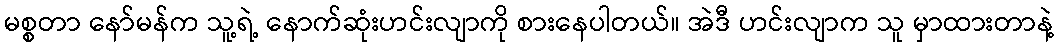
မစ္စတာ နော်မန်က သူ့ရဲ့ နောက်ဆုံးဟင်းလျာကို စားနေပါတယ်။ အဲဒီ ဟင်းလျာက သူ မှာထားတာနဲ့